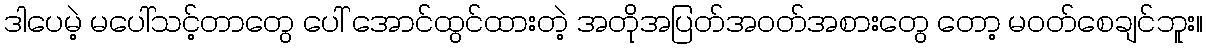
ဒါပေမဲ့ မပေါ်သင့်တာတွေ ပေါ် အောင်ထွင်ထားတဲ့ အတိုအပြတ်အဝတ်အစားတွေ တော့ မဝတ်စေချင်ဘူး။